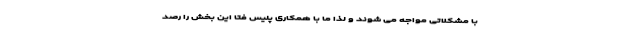
با مشکلاتی مواجه می شوند و لذا ما با همکاری پلیس فتا این بخش را رصد